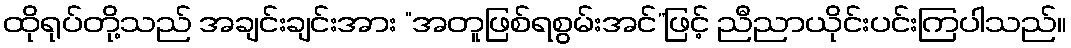
ထိုရုပ်တို့သည် အချင်းချင်းအား “အတူဖြစ်ရစွမ်းအင်”ဖြင့် ညီညာယိုင်းပင်းကြပါသည်။